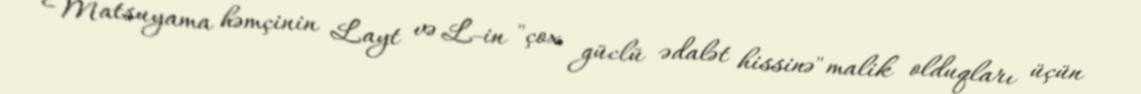
Matsuyama həmçinin Layt və L-in "çox güclü ədalət hissinə" malik olduqları üçün